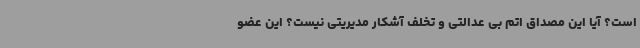
است؟ آیا این مصداق اتم بی عدالتی و تخلف آشکار مدیریتی نیست؟ این عضو